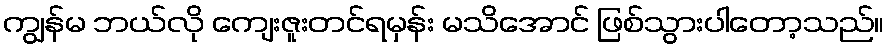
ကျွန်မ ဘယ်လို ကျေးဇူးတင်ရမှန်း မသိအောင် ဖြစ်သွားပါတော့သည်။